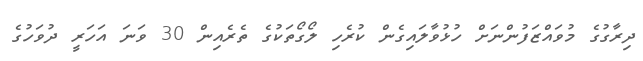
ދިރާގުގެ މުވައްޒަފުންނަށް ހުޅުވާލައިގެން ކުރެހި ލޯގޯތަކުގެ ތެރެއިން 30 ވަނަ އަހަރީ ދުވަހުގެ